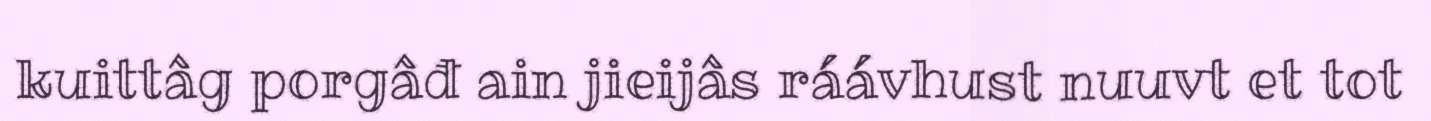
kuittâg porgâđ ain jieijâs ráávhust nuuvt et tot